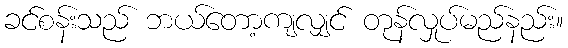
ခင်စန်းသည် ဘယ်တော့ကျလျှင် တုန်လှုပ်မည်နည်း။